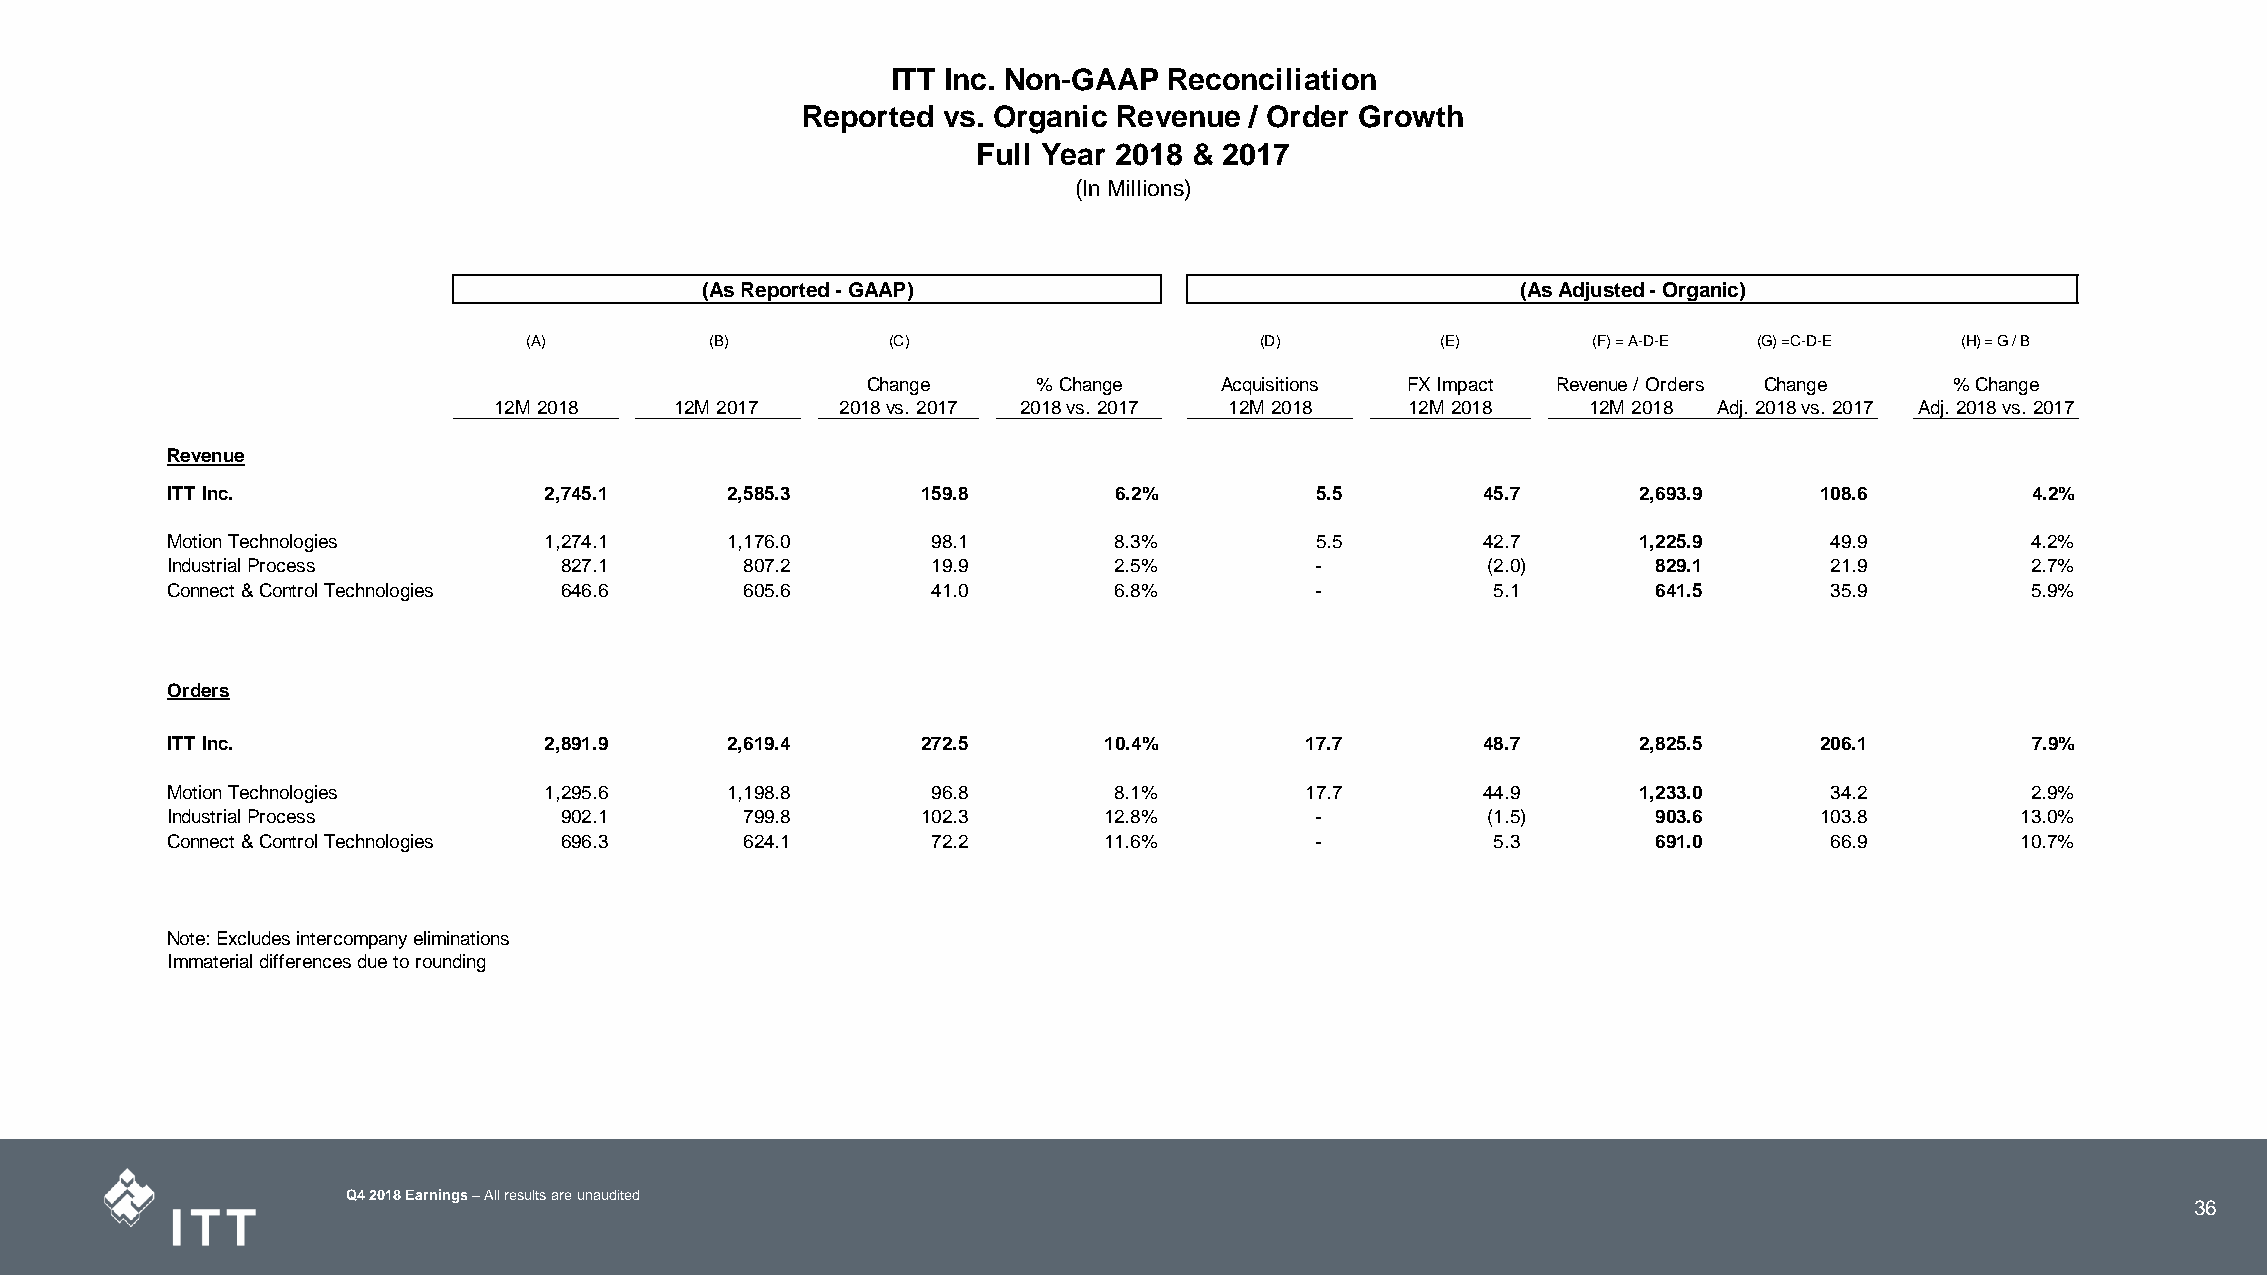
ITT Inc. Non-GAAP Reconciliation
 Reported vs. Organic Revenue  / Order Growth
 Full Year 2018 & 2017
 (In Millions)
 (As Reported - GAAP)                                   (As Adjusted - Organic)
 (A)         (B)         (C)                     (D)         (E)       (F) = A-D-E (G) =C-D-E   (H) = G / B
 Change      % Change    Acquisitions FX Impact Revenue / Orders Change  % Change
 12M 2018    12M 2017   2018 vs. 2017 2018 vs. 2017 12M 2018 12M 2018    12M 2018 Adj. 2018 vs. 2017 Adj. 2018 vs. 2017
 Revenue
 ITT Inc.                 2 ,745.1    2 ,585.3     1 59.8       6.2%         5 .5       4 5.7     2 ,693.9    1 08.6        4.2%
 Motion Technologies      1 ,274.1    1 ,176.0      9 8.1       8.3%         5 .5       4 2.7     1 ,225.9     4 9.9        4.2%
 Industrial Process        8 27.1      8 07.2       1 9.9       2.5%         -          ( 2.0)      8 29.1     2 1.9        2.7%
 Connect & Control Technologies 6 46.6 6 05.6       4 1.0       6.8%         -           5 .1       6 41.5     3 5.9        5.9%
 Orders
 ITT Inc.                 2 ,891.9    2 ,619.4     2 72.5      10.4%        1 7.7       4 8.7     2 ,825.5    2 06.1        7.9%
 Motion Technologies      1 ,295.6    1 ,198.8      9 6.8       8.1%        1 7.7       4 4.9     1 ,233.0     3 4.2        2.9%
 Industrial Process        9 02.1      7 99.8      1 02.3      12.8%         -          ( 1.5)      9 03.6    1 03.8        13.0%
 Connect & Control Technologies 6 96.3 6 24.1       7 2.2      11.6%         -           5 .3       6 91.0     6 6.9        10.7%
 Note: Excludes intercompany eliminations
 Immaterial differences due to rounding
 Q4 2018 Earnings –All results are unaudited
 36
 36